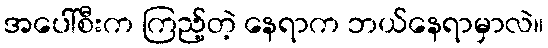
အပေါ်စီးက ကြည့်တဲ့ နေရာက ဘယ်နေရာမှာလဲ။